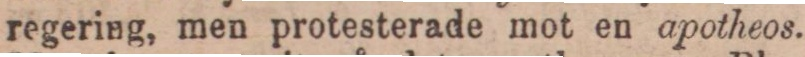
regering, men protesterade mot en apotheos.